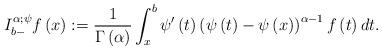
LaTeX: \begin{align*}I_{b-}^{\alpha ;\psi }f\left( x\right) :=\frac{1}{\Gamma \left( \alpha\right) }\int_{x}^{b}\psi ^{\prime }\left( t\right) \left( \psi \left(t\right) -\psi \left( x\right) \right) ^{\alpha -1}f\left( t\right) dt.\end{align*}